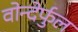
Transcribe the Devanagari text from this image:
वोन्देर्फुल